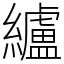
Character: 纑